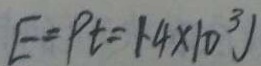
E = P t = 1 . 4 \times 1 0 ^ { 3 } J